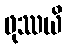
ဖုဿယိ